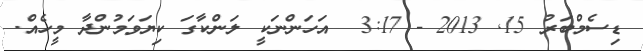
ޑިސެމްބަރު 15